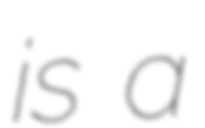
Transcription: is a